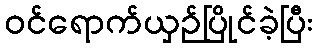
ဝင်ရောက်ယှဉ်ပြိုင်ခဲ့ပြီး